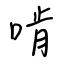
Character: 啃